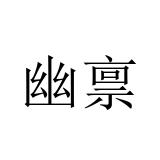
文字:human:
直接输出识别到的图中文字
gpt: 幽禀